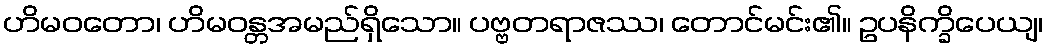
ဟိမဝတော၊ ဟိမဝန္တအမည်ရှိသော။ ပဗ္ဗတရာဇဿ၊ တောင်မင်း၏။ ဥပနိက္ခိပေယျ၊